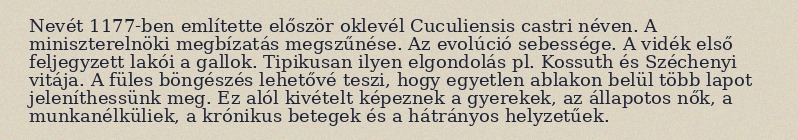
Nevét 1177-ben említette először oklevél Cuculiensis castri néven. A miniszterelnöki megbízatás megszűnése. Az evolúció sebessége. A vidék első feljegyzett lakói a gallok. Tipikusan ilyen elgondolás pl. Kossuth és Széchenyi vitája. A füles böngészés lehetővé teszi, hogy egyetlen ablakon belül több lapot jeleníthessünk meg. Ez alól kivételt képeznek a gyerekek, az állapotos nők, a munkanélküliek, a krónikus betegek és a hátrányos helyzetűek.